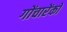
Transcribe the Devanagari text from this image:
गोंचारेंको